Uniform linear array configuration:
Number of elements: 48
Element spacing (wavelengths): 1
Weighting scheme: exponential
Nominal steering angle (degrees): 60
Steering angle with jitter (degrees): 58.49
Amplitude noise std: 0.05
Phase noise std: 0.05

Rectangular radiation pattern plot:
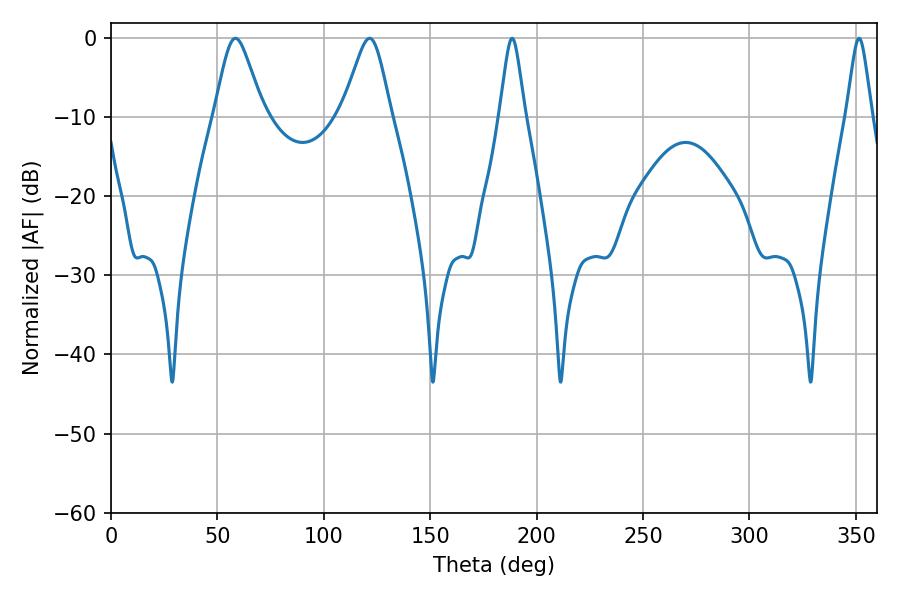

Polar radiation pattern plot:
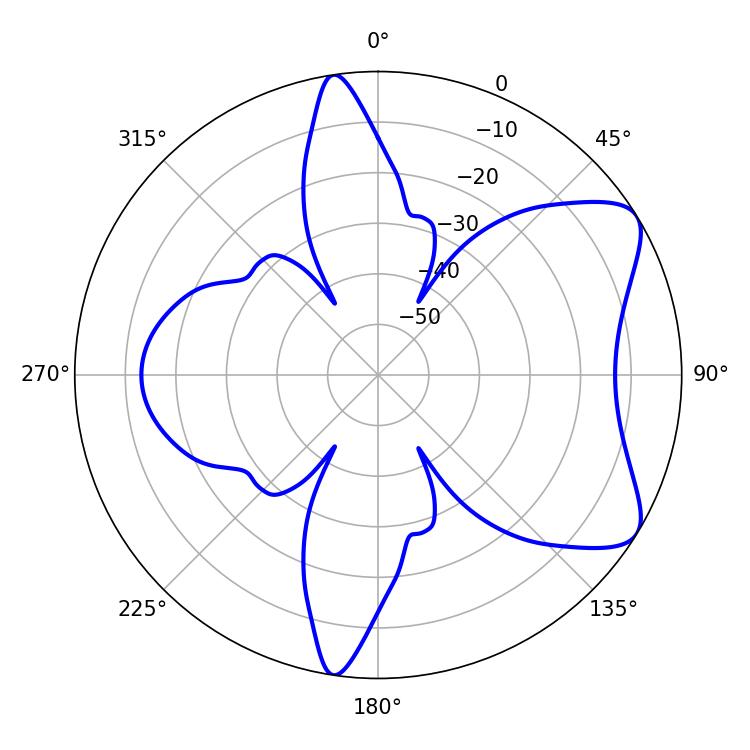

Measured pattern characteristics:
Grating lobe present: TRUE
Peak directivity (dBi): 7.373
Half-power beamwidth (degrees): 10.98
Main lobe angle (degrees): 58.5